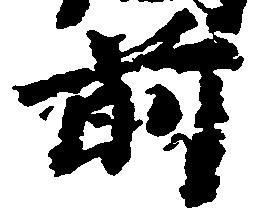
前